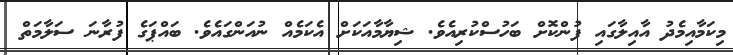
މިކަމާއިމެދު އާއިލާގައި ފުންކޮށް ބަހުސްކުރިއެވެ. ޝިޔާމާއަކަށް އެކަމެއް ނުއަންގައެވެ. ބައްޕަގެ ފުރާނަ ސަލާމަތް